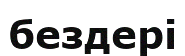
бездері